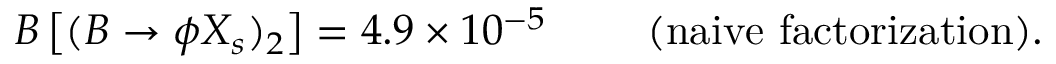
{ \cal B } \left[ ( B \to \phi X _ { s } ) _ { 2 } \right] = 4 . 9 \times 1 0 ^ { - 5 } ~ ~ ~ ~ ~ ~ ~ \mathrm { ( n a i v e ~ f a c t o r i z a t i o n ) . }